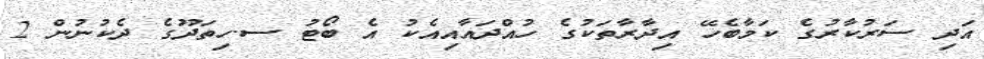
އަދި ސަރުކާރުގެ ކަމާބެހޭ އިދާރާތަކުގެ ހުއްދައާއިއެކު އެ ބޯޓު ސ.ހިތަދޫގެ ދެކުނުން 2